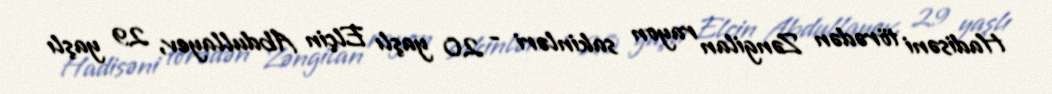
Hadisəni törədən Zəngilan rayon sakinləri - 20 yaşlı Elçin Abdullayev, 29 yaşlı